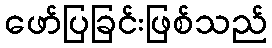
ဖော်ပြခြင်းဖြစ်သည်